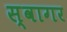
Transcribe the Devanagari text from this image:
स्वागर